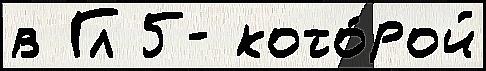
в Гл 5- кото́рой